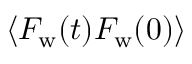
\left< F _ { \mathrm { w } } ( t ) F _ { \mathrm { w } } ( 0 ) \right>